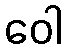
ဝေါ